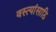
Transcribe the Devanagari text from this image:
वस्त्यांसाठि